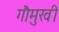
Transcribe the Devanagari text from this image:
गौमुखी